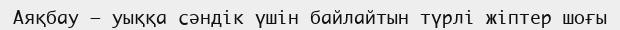
Аяқбау – уыққа сәндік үшін байлайтын түрлі жіптер шоғы